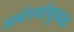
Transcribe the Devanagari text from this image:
अर्थपर्यासूचक